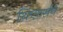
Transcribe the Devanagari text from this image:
थिएटर्सने